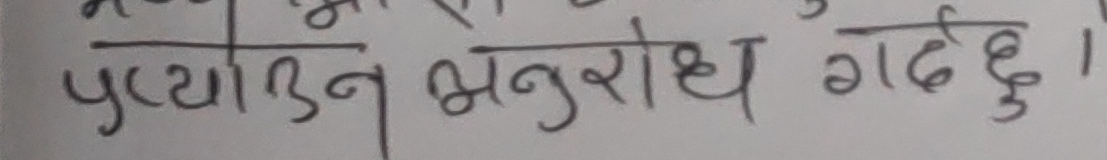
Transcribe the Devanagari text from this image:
प्रयोजन अनुरोध गर्दछु ।